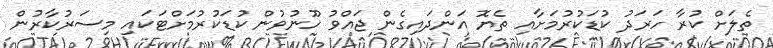
ތެލަށް ކުރާ ހަރަދު ކުޑަކުރުމަށާއި ތެޔޮ އަންދައިގެން ޖައްވު ހޫނުވުން ކުޑަކުރުމަށްޓަކައި މިސަރުކާރުން